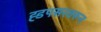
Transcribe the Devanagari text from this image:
ह्डपसरवरून